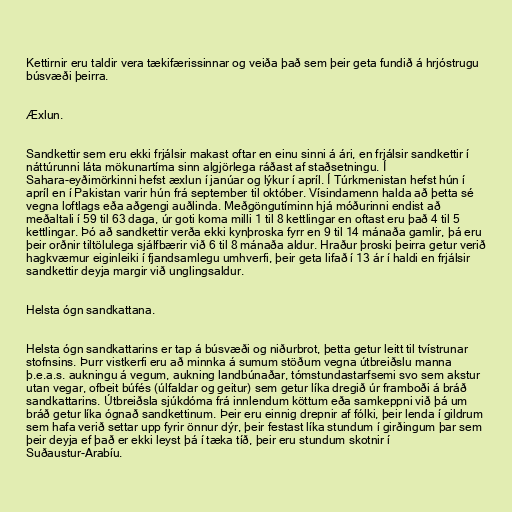
Kettirnir eru taldir vera tækifærissinnar og veiða það sem þeir geta fundið á hrjóstrugu
búsvæði þeirra.

Æxlun.

Sandkettir sem eru ekki frjálsir makast oftar en einu sinni á ári, en frjálsir sandkettir í
náttúrunni láta mökunartíma sinn algjörlega ráðast af staðsetningu. Í
Sahara-eyðimörkinni hefst æxlun í janúar og lýkur í apríl. Í Túrkmenistan hefst hún í
apríl en í Pakistan varir hún frá september til október. Vísindamenn halda að þetta sé
vegna loftlags eða aðgengi auðlinda. Meðgöngutíminn hjá móðurinni endist að
meðaltali í 59 til 63 daga, úr goti koma milli 1 til 8 kettlingar en oftast eru það 4 til 5
kettlingar. Þó að sandkettir verða ekki kynþroska fyrr en 9 til 14 mánaða gamlir, þá eru
þeir orðnir tiltölulega sjálfbærir við 6 til 8 mánaða aldur. Hraður þroski þeirra getur verið
hagkvæmur eiginleiki í fjandsamlegu umhverfi, þeir geta lifað í 13 ár í haldi en frjálsir
sandkettir deyja margir við unglingsaldur.

Helsta ógn sandkattana.

Helsta ógn sandkattarins er tap á búsvæði og niðurbrot, þetta getur leitt til tvístrunar
stofnsins. Þurr vistkerfi eru að minnka á sumum stöðum vegna útbreiðslu manna
þ.e.a.s. aukningu á vegum, aukning landbúnaðar, tómstundastarfsemi svo sem akstur
utan vegar, ofbeit búfés (úlfaldar og geitur) sem getur líka dregið úr framboði á bráð
sandkattarins. Útbreiðsla sjúkdóma frá innlendum köttum eða samkeppni við þá um
bráð getur líka ógnað sandkettinum. Þeir eru einnig drepnir af fólki, þeir lenda í gildrum
sem hafa verið settar upp fyrir önnur dýr, þeir festast líka stundum í girðingum þar sem
þeir deyja ef það er ekki leyst þá í tæka tíð, þeir eru stundum skotnir í
Suðaustur-Arabíu.